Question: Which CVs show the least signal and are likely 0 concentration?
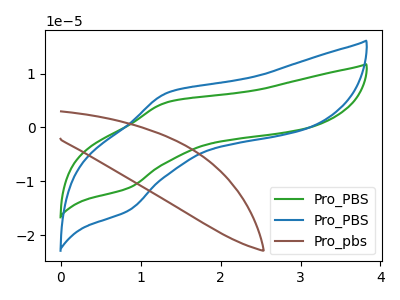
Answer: <think>The green curve "Pro_PBS" has an anodic peak at (1.35V, 4.70uA) and a cathodic peak at (0.85V, -11.25uA). The blue curve "Pro_PBS" has an anodic peak at (1.35V, 6.45uA) and a cathodic peak at (0.85V, -15.45uA). The brown curve "Pro_pbs" has no peaks.</think>
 <answer>"Pro_pbs" is likely to be a blank.</answer>
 <eval>Pro_pbs</eval>